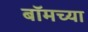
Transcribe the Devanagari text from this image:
बॉमच्या